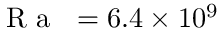
\mathrm { ~ \textit ~ { ~ R ~ a ~ } ~ } = 6 . 4 \times 1 0 ^ { 9 }